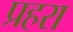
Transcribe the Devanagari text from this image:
प्रहरा